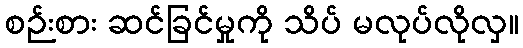
စဉ်းစား ဆင်ခြင်မှုကို သိပ် မလုပ်လိုလှ။